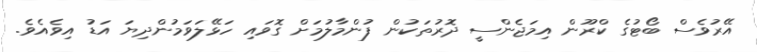
އޭރުވެސް ބޯޓުގެ ކްރޫން އިމަޖެންސީ ދޮރުތަކުން ފުންމާލުމަށް ގޮވައި ހަޅޭލަވަމުންދިޔަ އަޑު އިވެއެވެ.